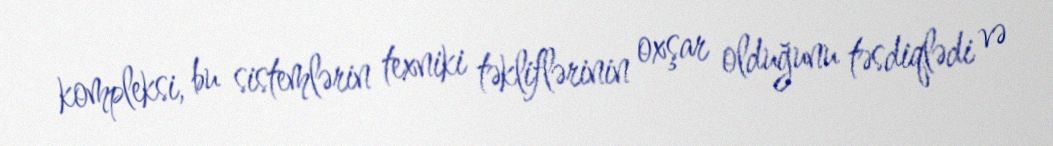
kompleksi, bu sistemlərin texniki təkliflərinin oxşar olduğunu təsdiqlədi və